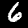
Label: 6